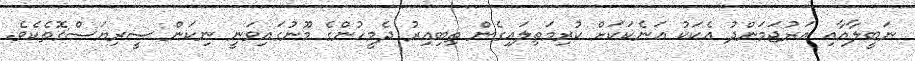
ނަބީލާއާއި އަރުޖަމަންދު އެކަކު އަނެކަކަށް ކުރިމަތިލައިގެން ތިބިއިރު ދެމީހުންގެ މޫނުގައިވަނީ ނިކަން ސީރިޔަސްގޮތެކެވެ.